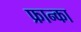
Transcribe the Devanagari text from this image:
फ्रान्का